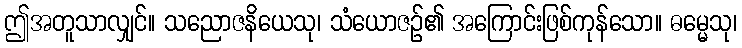
ဤအတူသာလျှင်။ သညောဇနိယေသု၊ သံယောဇဉ်၏ အကြောင်းဖြစ်ကုန်သော။ ဓမ္မေသု၊